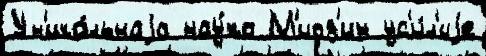
Ун'ика́льнаjа нау́ка М'иоз'ин ус'и́л'иjе